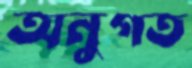
অনুগত